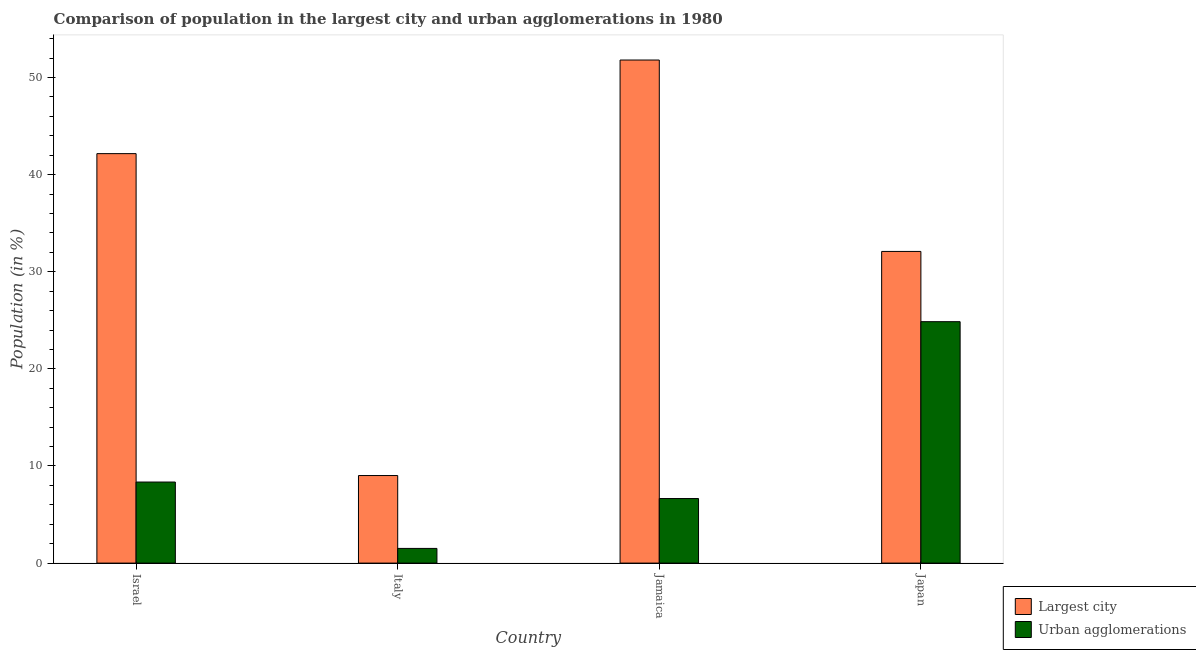
| Country | Largest city | Urban agglomerations |
 | --- | --- | --- |
 | Israel | 42.2 | 8.35 |
 | Italy | 9.02 | 1.51 |
 | Jamaica | 51.8 | 6.65 |
 | Japan | 32.1 | 24.9 |